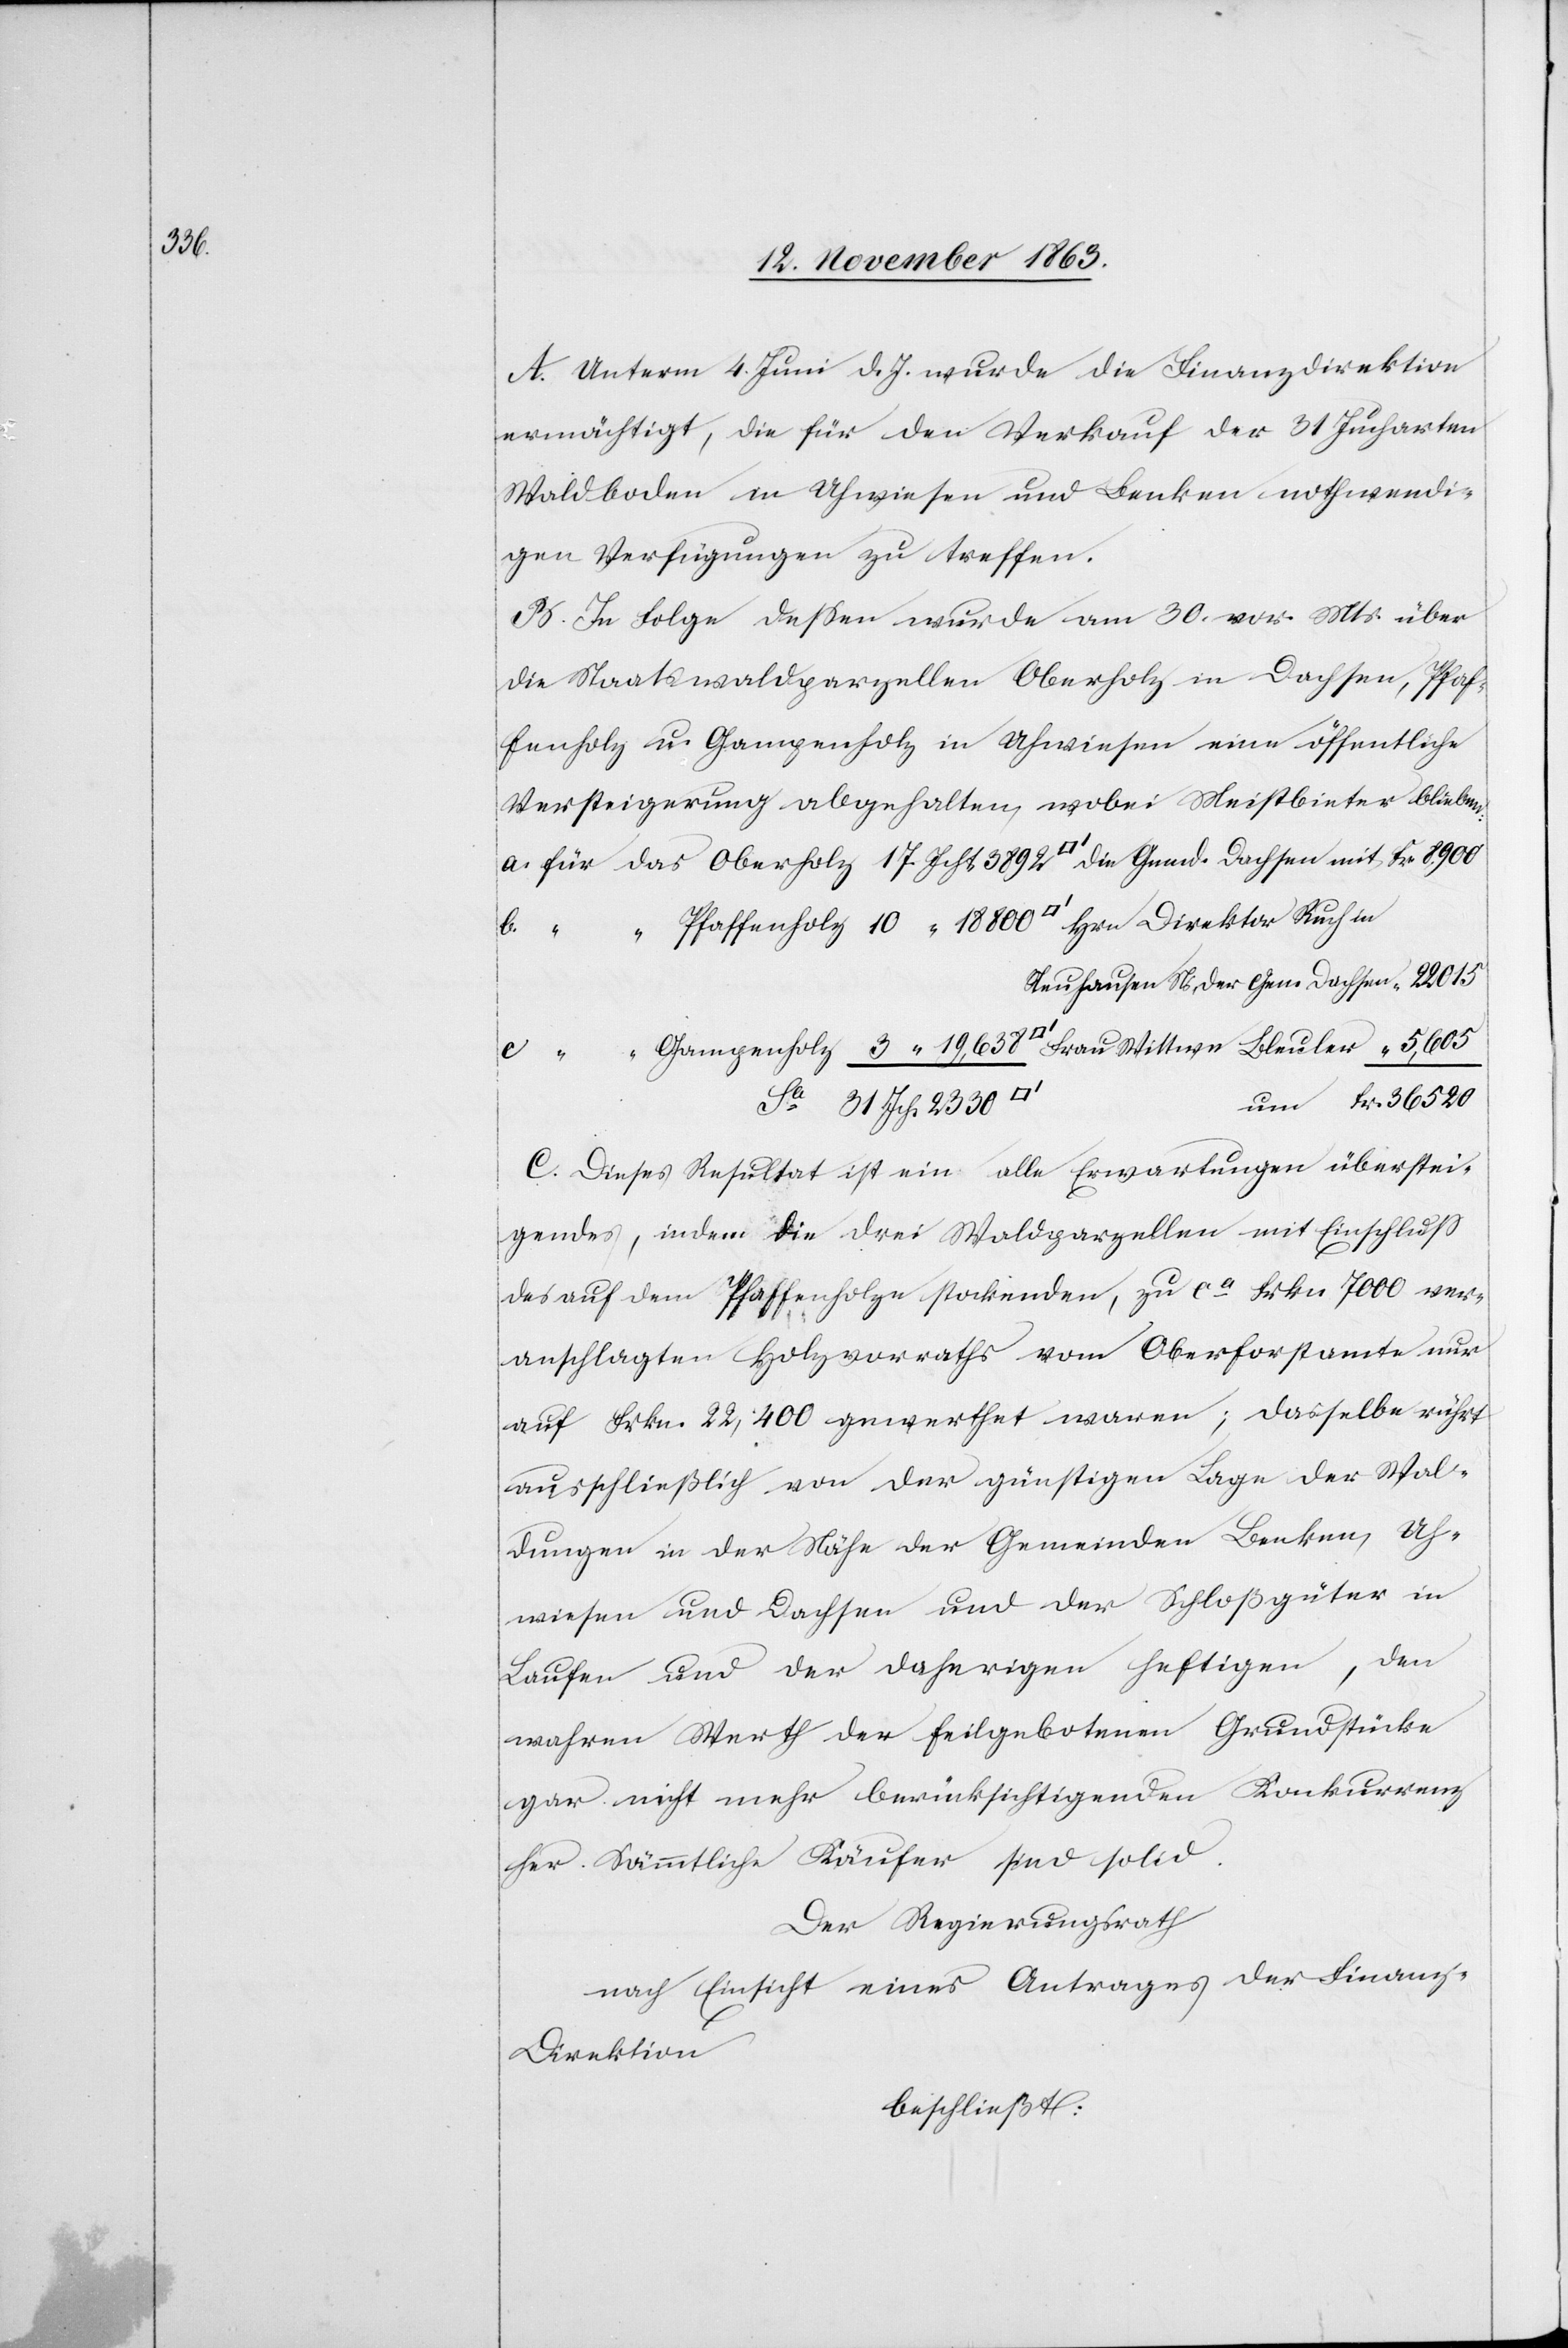
36

A. Unterm 4. Juni d. Js. wurde die Finanzdirektion
ermächtigt, die für den Verkauf der 31 Jucharten
Waldboden in Uhwiesen und Benken nothwendi¬
gen Verfügungen zu treffen.
B. In Folge dessen wurde am 30. vor. Mts. über
die Staatswaldparzellen Oberholz in Dachsen, Pfaf¬
fenholz u. Gampenholz in Uhwiesen eine öffentliche
Versteigerung abgehalten, wobei Meistbieter blieben:
Neuhausen Ns. der Gem Dachsen
C. Dieses Resultat ist ein alle Erwartungen überstei¬
gendes, indem die drei Waldparzellen mit Einschluss
des auf dem Pfaffenholze stockenden, zu ca Frkn 7000 ver¬
anschlagten Holzvorraths vom Oberforstamte nur
auf Frkn. 22,400 gewerthet waren; dasselbe rührt
ausschließlich von der günstigen Lage der Wal¬
dungen in der Nähe der Gemeinden Benken, Uh¬
wiesen und Dachsen und der Schloßgüter in
Laufen und der daherigen heftigen, den
wahren Werth der feilgebotenen Grundstücke
gar nicht mehr berücksichtigenden Konkurrenz
her. Sämmtliche Käufer sind solid.
Der Regierungsrath
nach Einsicht eines Antrages der Finan¬
z-Direktion
beschließt: